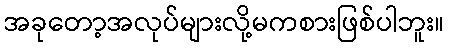
အခုတော့အလုပ်များလို့မကစားဖြစ်ပါဘူး။